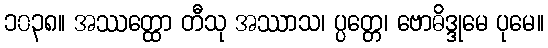
၁၀၃၈။ အဿတ္ထော တီသု အဿာသ၊ ပ္ပတ္တေ၊ ဗောဓိဒ္ဒုမေ ပုမေ။